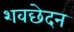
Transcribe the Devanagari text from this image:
शवछेदन